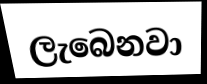
ලැබෙනවා